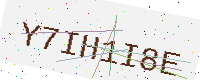
Text: Y7IH1I8E